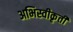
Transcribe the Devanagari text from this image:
अभिस्वीकृती